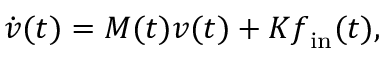
\dot { \boldsymbol { v } } ( t ) = M ( t ) \boldsymbol { v } ( t ) + K \boldsymbol { f } _ { \mathrm { i n } } ( t ) ,